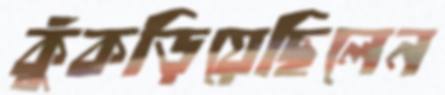
কুঁকড়িয়েছিলেন